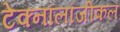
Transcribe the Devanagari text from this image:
टेक्नॉलॉजीकल